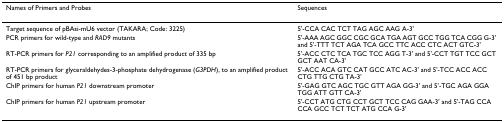
<table><thead><tr><td><b>Names of Primers and Probes</b></td><td><b>Sequences</b></td></tr></thead><tbody><tr><td>Target sequence of pBAsi-mU6 vector (TAKARA; Code: 3225)</td><td>5&#x27;-CCA CAC TCT TAG AGC AAG A-3&#x27;</td></tr><tr><td>PCR primers for wild-type and <i>RAD9 </i>mutants</td><td>5&#x27;-AAA AGC GGC CGC GCA TGA AGT GCC TGG TCA CGG G-3&#x27; and 5&#x27;-TTT TCT AGA TCA GCC TTC ACC CTC ACT GTC-3&#x27;</td></tr><tr><td>RT-PCR primers for <i>P21 </i>corresponding to an amplified product of 335 bp</td><td>5&#x27;-ACC CTC TCA TGC TCC AGG T-3&#x27; and 5&#x27;-CCT TGT TCC GCT GCT AAT CA-3&#x27;</td></tr><tr><td>RT-PCR primers for glyceraldehydes-3-phosphate dehydrogenase (<i>G3PDH</i>), to an amplified product of 451 bp product</td><td>5&#x27;-ACC ACA GTC CAT GCC ATC AC-3&#x27; and 5&#x27;-TCC ACC ACC CTG TTG CTG TA-3&#x27;</td></tr><tr><td>ChIP primers for human <i>P21 </i>downstream promoter</td><td>5&#x27;-GAG GTC AGC TGC GTT AGA GG-3&#x27; and 5&#x27;-TGC AGA GGA TGG ATT GTT CA-3&#x27;</td></tr><tr><td>ChIP primers for human <i>P21 </i>upstream promoter</td><td>5&#x27;-CCT ATG CTG CCT GCT TCC CAG GAA-3&#x27; and 5&#x27;-TAG CCA CCA GCC TCT TCT ATG CCA G-3&#x27;</td></tr></tbody></table>